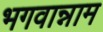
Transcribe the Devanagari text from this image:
भगवान्नाम